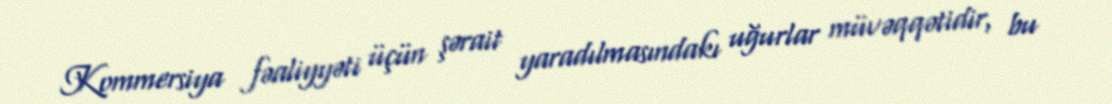
Kommersiya fəaliyyəti üçün şərait yaradılmasındakı uğurlar müvəqqətidir, bu